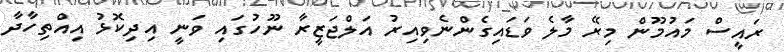
ރައީސް މައުމޫން މިރޭ މާލެ ވަޑައިގެންނެވިއިރު އަލްޖަޒީރާ ނޫހުގައި ވަނީ އިދިކޮޅު އިއްތިހާދާ